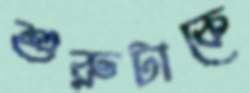
শুরুটাকে